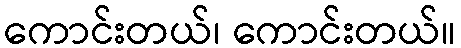
ကောင်းတယ်၊ ကောင်းတယ်။